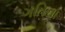
ગતિના